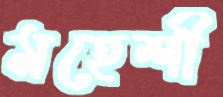
মহেশী